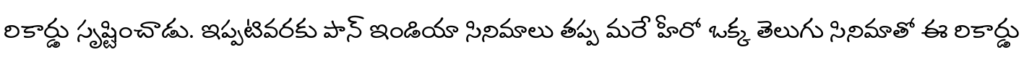
రికార్డు సృష్టించాడు. ఇప్పటివరకు పాన్ ఇండియా సినిమాలు తప్ప మరే హీరో ఒక్క తెలుగు సినిమాతో ఈ రికార్డు